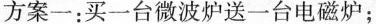
方案一：买一台微波炉送一台电磁炉；